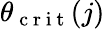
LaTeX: \theta_{\mathrm{~c~r~i~t~}}(j)